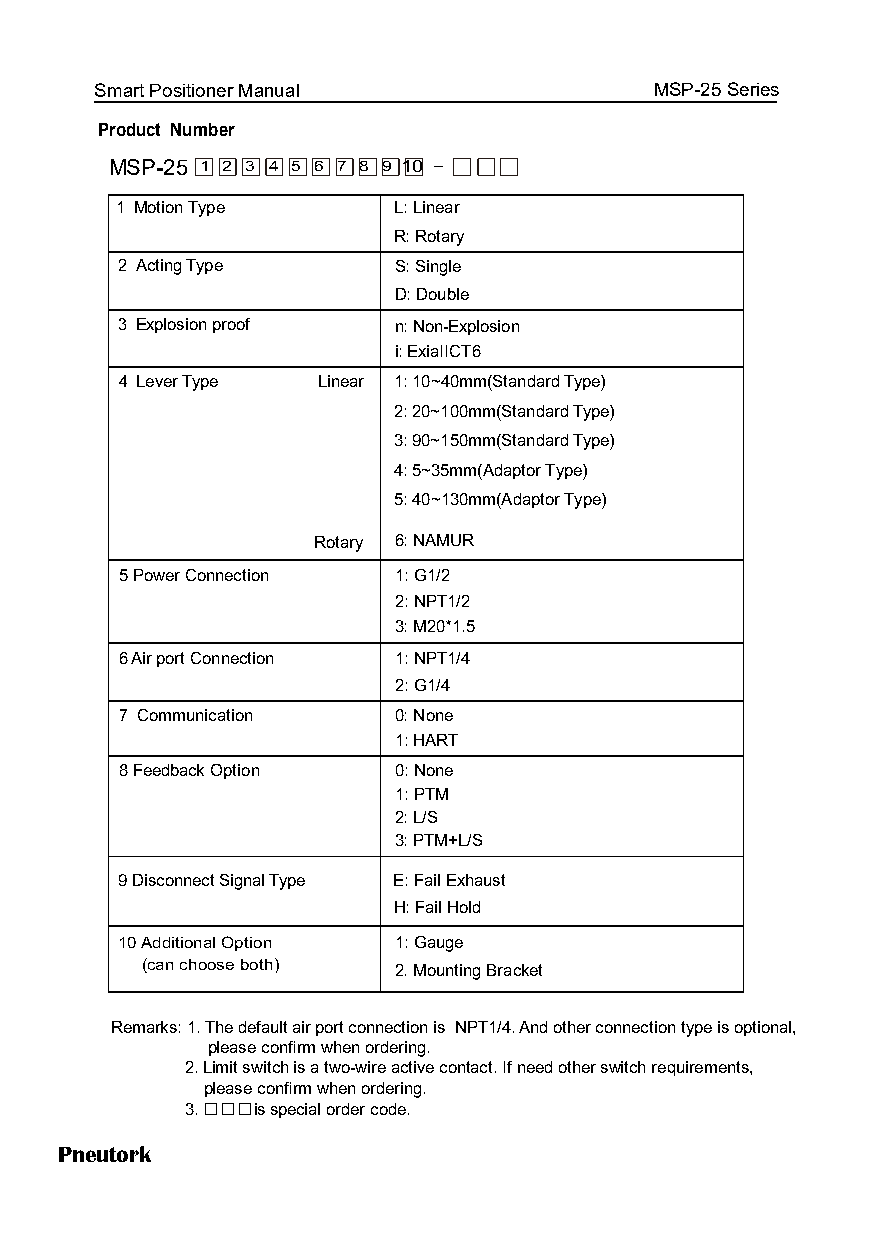
Smart Positioner Manual              MSP-25 Series
 Product Number
 MSP-25 1 2 3 4 5 6 7 8 9 10 -
 1 Motion Type     L: Linear
 R: Rotary
 2 Acting Type     S: Single
 D: Double
 3 Explosion proof n: Non-Explosion
 i: ExiaIICT6
 4 Lever Type Linear 1: 10~40mm(Standard Type)
 2: 20~100mm(Standard Type)
 3: 90~150mm(Standard Type)
 4: 5~35mm(Adaptor Type)
 5: 40~130mm(Adaptor Type)
 Rotary 6: NAMUR
 5 Power Connection 1: G1/2
 2: NPT1/2
 3: M20*1.5
 6 Air port Connection 1: NPT1/4
 2: G1/4
 7 Communication   0: None
 1: HART
 8 Feedback Option 0: None
 1: PTM
 2: L/S
 3: PTM+L/S
 9 Disconnect Signal Type E: Fail Exhaust
 H: Fail Hold
 10 Additional Option 1: Gauge
 (can choose both) 2. Mounting Bracket
 Remarks: 1. The default air port connection is NPT1/4. And other connection type is optional,
 please confirm when ordering.
 2. Limit switch is a two-wire active contact. If need other switch requirements,
 please confirm when ordering.
 3. □□□is special order code.
 Pneutork